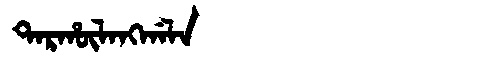
Manchu: ᡨᠠᡵᡥᡡᠯᠠᠩᡤᠠᠯᠠ
Romanization: TARHŪLANGGALA